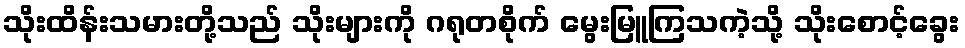
သိုးထိန်းသမားတို့သည် သိုးများကို ဂရုတစိုက် မွေးမြူကြသကဲ့သို့ သိုးစောင့်ခွေး